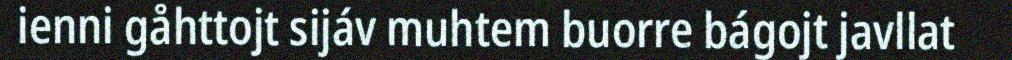
ienni gåhttojt sijáv muhtem buorre bágojt javllat